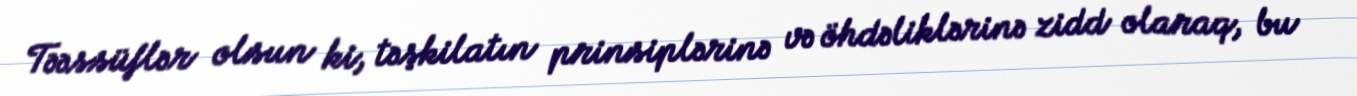
Təəssüflər olsun ki, təşkilatın prinsiplərinə və öhdəliklərinə zidd olaraq, bu